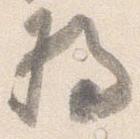
将